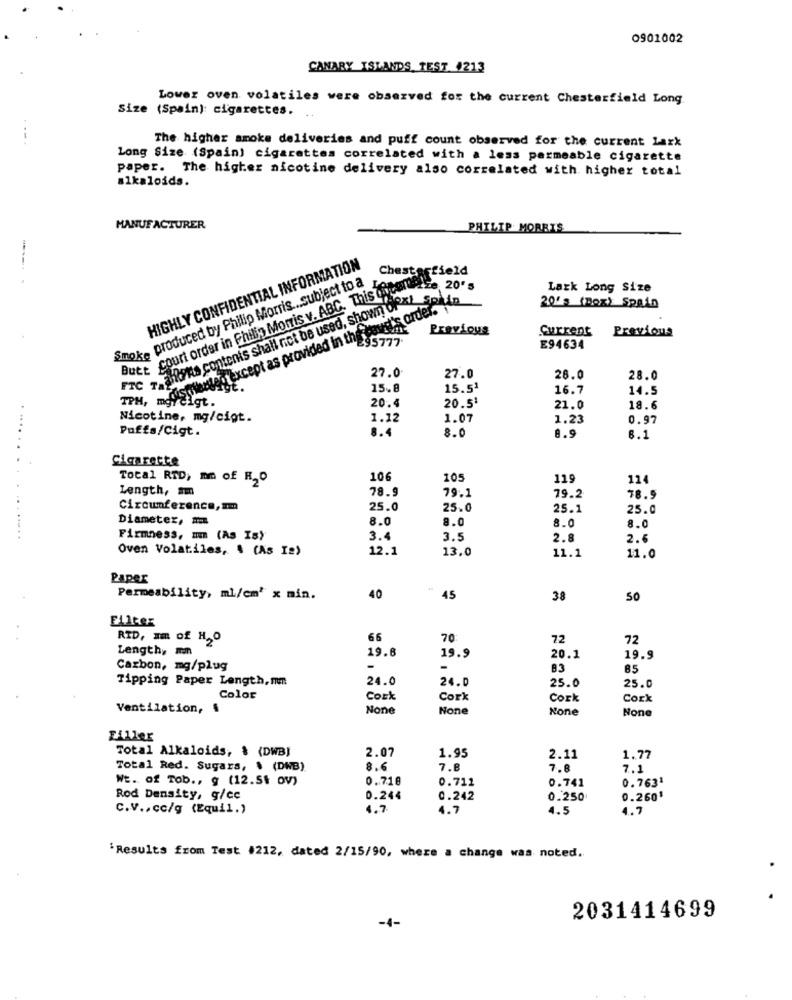
0901002
CANARY ISLANDS TEST #213
Lower oven volatiles were observed for the current Chesterfield Long
Size (Spain): cigarettes.
The higher smoke deliveries and puff count observed for the current lark
Long Size (Spain) cigarettes correlated with a less permeable cigarette
paper. The higher nicotine delivery also correlated with higher total
alkaloids.
MANUFACTURER
PHILIP MORRIS
HIGHLY CONFIDENTIAL INFORMATION
Chesterfield
Smoke produced by Philip Morris ... subject to a
att court order in Philip Morris v. ABC. This year 2Ee 200
MIG rates contents shall not be used, shown oral-Spain
Lark Long Size
20's (Dez) Spain
Previous
Current
Previous
distrienten except as provided in uve ys 7-
E94634
27.0
27.0
28.0
28.0
15.8
15.51
16.7
14.5
TPM, moreigt.
20.4
20.5
21.0
18.6
Nicotine, mg/cigt.
1.12
1.07
1.23
0.97
Puffs/Cigt.
8.4
8.0
8.9
...... .
Cigarette
Total RTD, mm of R20
106
105
119
114
Length, mm
78.9
79.1
79.2
78.9
Circumference, am
25.0
25.0
25.1
25.0
Diameter, #
8.0
8.0
8.0
8.0
Firmness, m (As Is)
3.4
3.5
2.8
2.6
Oven Volatiles, . (As I2)
12.1
13.0
11.1
11.0
Paper
Permeability, ml/cm' x min.
40
45
38
50
Eller
RID, Im of H,O
66
70
72
72
Lengthy mm
19.8
19.9
20.1
19.9
Carbon, mg/plug
-
B3
85
Tipping Paper Length,mm
24.0
24.0
25.0
25.0
Color
Cork
Cork
Cork
Cork
Ventilation, 4
Filler
Total Alkaloids, $ (DWB)
2.07
1.95
2.11
1.77
Total Red. Sugars, $ (DWB)
8.6
7.8
7.8
7.1
Wt. of Tob ., g (12.54 ov)
0.718
0.712
0.741
0.7631
Rod Density, g/cc
0.244
0.242
0.250
0.2601
C.V .. cc/g (Equil.)
4.7
4.7
4.5
4.7
'Results from Test #212, dated 2/15/90, where a change was noted.
-4-
2031414699